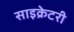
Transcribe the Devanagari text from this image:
साइक्रेटरी